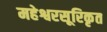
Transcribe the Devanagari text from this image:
महेश्वरसूरिकृत